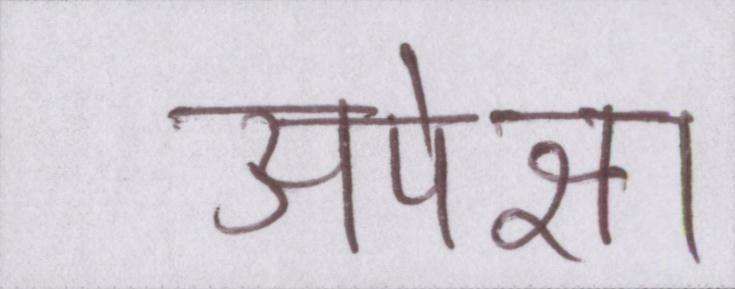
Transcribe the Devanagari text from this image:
अपेक्षा